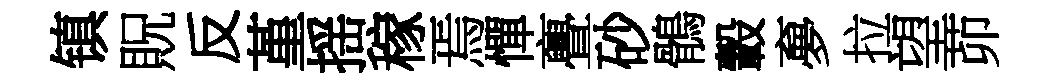
镇貺反堇揺稼焉憚亹砂鶻轂夣拉望茆